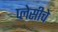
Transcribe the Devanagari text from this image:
प्लेसीचे